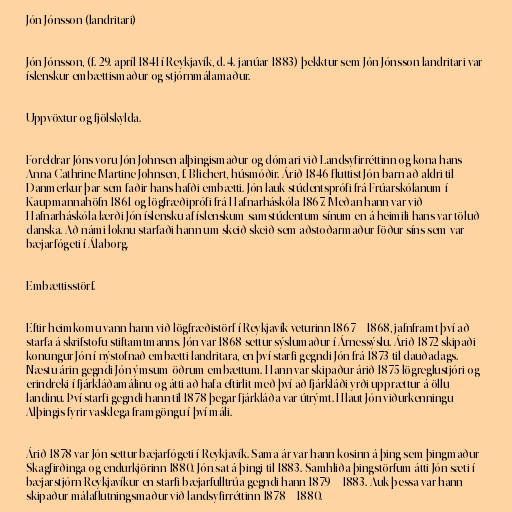
Jón Jónsson (landritari)

Jón Jónsson, (f. 29. apríl 1841 í Reykjavík, d. 4. janúar 1883) þekktur sem Jón Jónsson landritari var
íslenskur embættismaður og stjórnmálamaður.

Uppvöxtur og fjölskylda.

Foreldrar Jóns voru Jón Johnsen alþingismaður og dómari við Landsyfirréttinn og kona hans
Anna Cathrine Martine Johnsen, f. Blichert, húsmóðir. Árið 1846 fluttist Jón barn að aldri til
Danmerkur þar sem faðir hans hafði embætti. Jón lauk stúdentsprófi frá Frúarskólanum í
Kaupmannahöfn 1861 og lögfræðiprófi frá Hafnarháskóla 1867. Meðan hann var við
Hafnarháskóla lærði Jón íslensku af íslenskum samstúdentum sínum en á heimili hans var töluð
danska. Að námi loknu starfaði hann um skeið skeið sem aðstoðarmaður föður síns sem var
bæjarfógeti í Álaborg.

Embættisstörf.

Eftir heimkomu vann hann við lögfræðistörf í Reykjavík veturinn 1867 – 1868, jafnframt því að
starfa á skrifstofu stiftamtmanns. Jón var 1868 settur sýslumaður í Árnessýslu. Árið 1872 skipaði
konungur Jón í nýstofnað embætti landritara, en því starfi gegndi Jón frá 1873 til dauðadags.
Næstu árin gegndi Jón ýmsum öðrum embættum. Hann var skipaður árið 1875 lögreglustjóri og
erindreki í fjárkláðamálinu og átti að hafa eftirlit með því að fjárkláði yrði upprættur á öllu
landinu. Því starfi gegndi hann til 1878 þegar fjárkláða var útrýmt. Hlaut Jón viðurkenningu
Alþingis fyrir vasklega framgöngu í því máli.

Árið 1878 var Jón settur bæjarfógeti í Reykjavík. Sama ár var hann kosinn á þing sem þingmaður
Skagfirðinga og endurkjörinn 1880. Jón sat á þingi til 1883. Samhliða þingstörfum átti Jón sæti í
bæjarstjórn Reykjavíkur en starfi bæjarfulltrúa gegndi hann 1879 – 1883. Auk þessa var hann
skipaður málaflutningsmaður við landsyfirréttinn 1878 – 1880.